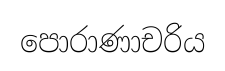
පොරාණාචරිය